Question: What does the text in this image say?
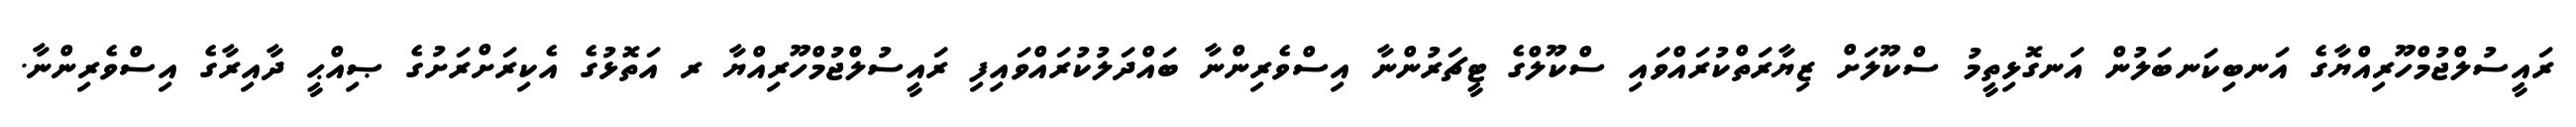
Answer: ރައީސުލްޖުމްހޫރިއްޔާގެ އަނބިކަނބަލުން އަނގޮޅިތީމު ސްކޫލަށް ޒިޔާރަތްކުރައްވައި ސްކޫލްގެ ޓީޗަރުންނާ އިސްވެރިންނާ ބައްދަލުކުރައްވައިފި ރައީސުލްޖުމްހޫރިއްޔާ ރ އަތޮޅުގެ އެކިރަށްރަށުގެ ޞިއްޙީ ދާއިރާގެ އިސްވެރިންނާ.